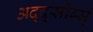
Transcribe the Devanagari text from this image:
अद्द्सोर्ब्स्